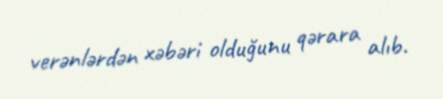
verənlərdən xəbəri olduğunu qərara alıb.